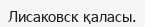
Лисаковск қаласы.